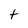
Character: t